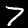
Label: 7